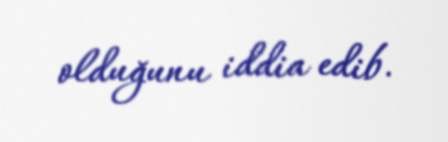
olduğunu iddia edib.